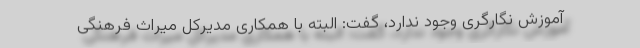
آموزش نگارگری وجود ندارد، گفت: البته با همکاری مدیرکل میراث فرهنگی